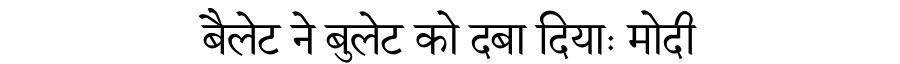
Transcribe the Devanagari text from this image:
बैलेट ने बुलेट को दबा दियाः मोदी